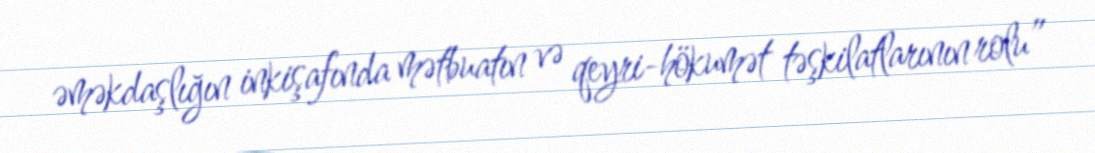
əməkdaşlığın inkişafında mətbuatın və qeyri-hökumət təşkilatlarının rolu”